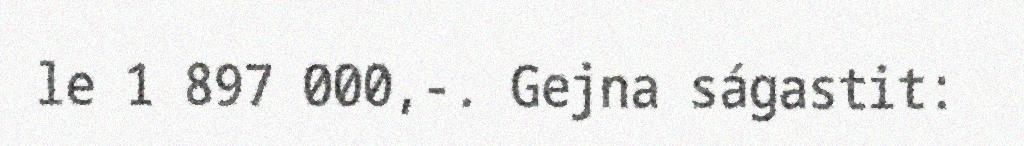
le 1 897 000,-. Gejna ságastit: